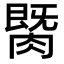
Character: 𦟡